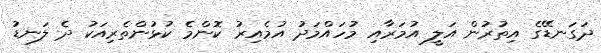
ދަގަނޑޭގެ އިތުރުން އަލީ އުމަރާއި މުހައްމަދު އުމެއިރު ކޮންމެ ކުޅުންތެރިއަކު ދެ ލަނޑު